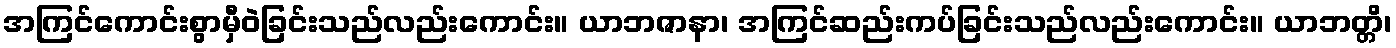
အကြင်ကောင်းစွာမှီဝဲခြင်းသည်လည်းကောင်း။ ယာဘဇာနာ၊ အကြင်ဆည်းကပ်ခြင်းသည်လည်းကောင်း။ ယာဘတ္တိ၊